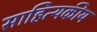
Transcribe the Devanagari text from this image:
साहित्यकीय